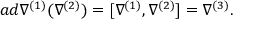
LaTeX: a d \nabla ^ { ( 1 ) } ( \nabla ^ { ( 2 ) } ) = [ \nabla ^ { ( 1 ) } , \nabla ^ { ( 2 ) } ] = \nabla ^ { ( 3 ) } .